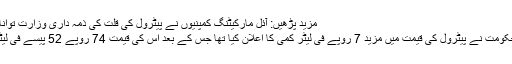
مزید پڑھیں: آئل مارکیٹنگ کمپنیوں نے پیٹرول کی قلت کی ذمہ داری وزارت توانائی پر ڈال دی
31 مئی کو حکومت نے پیٹرول کی قیمت میں مزید 7 روپے فی لیٹر کمی کا اعلان کیا تھا جس کے بعد اس کی قیمت 74 روپے 52 پیسے فی لیٹر ہوگئی تھی۔